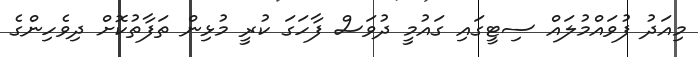
މިއަދު ފުވައްމުލައް ސިޓީގައި ގައުމީ ދުވަސް ފާހަގަ ކުރީ މުޅިން ތަފާތުކޮށް ދިވެހިންގެ